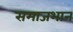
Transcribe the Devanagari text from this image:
समाजभान